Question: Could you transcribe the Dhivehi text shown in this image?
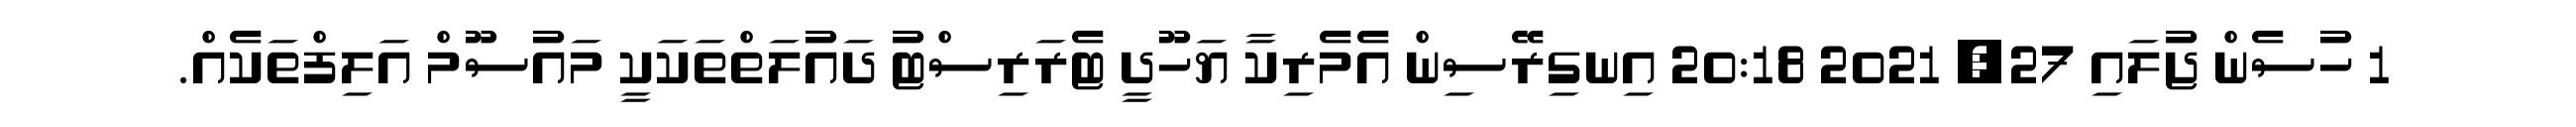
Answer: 1 ހުސެން ޖުލައި 27, 2021 20:18 އިނގިރޭސިން އެމެރިކާ ޔަހޫދީ ޓެރަރިސްޓު ދައުލަތްތަކަކީ މައުސޫމް އަލިފްތަކެއް.